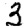
Digit: 3